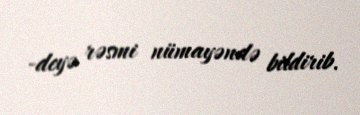
-deyə rəsmi nümayəndə bildirib.